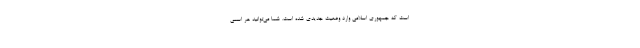
است که جمهوری اسلامی وارد وضعیت جدیدی شده است. شما می‌توانید هر اسمی